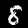
Digit: 8